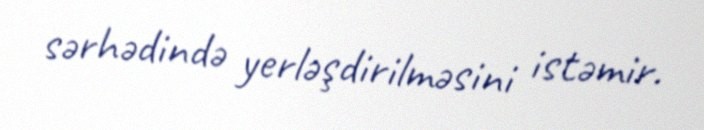
sərhədində yerləşdirilməsini istəmir.